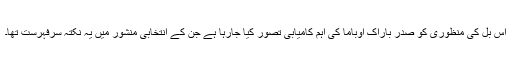
اس بل کی منظوری کو صدر باراک اوباما کی اہم کامیابی تصور کیا جارہا ہے جن کے انتخابی منشور میں یہ نکتہ سرفہرست تھا۔